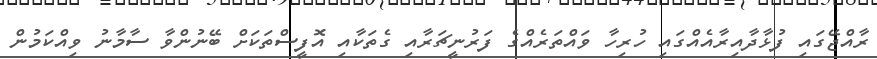
ރާއްޖޭގައި ފުޅާދާއިރާއެއްގައި ހުރިހާ ވައްތަރެއްގެ ފަރުނީޗަރާއި ގެތަކާއި އޮފީސްތަކަށް ބޭނުންވާ ސާމާނު ވިއްކަމުން